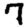
Digit: 7